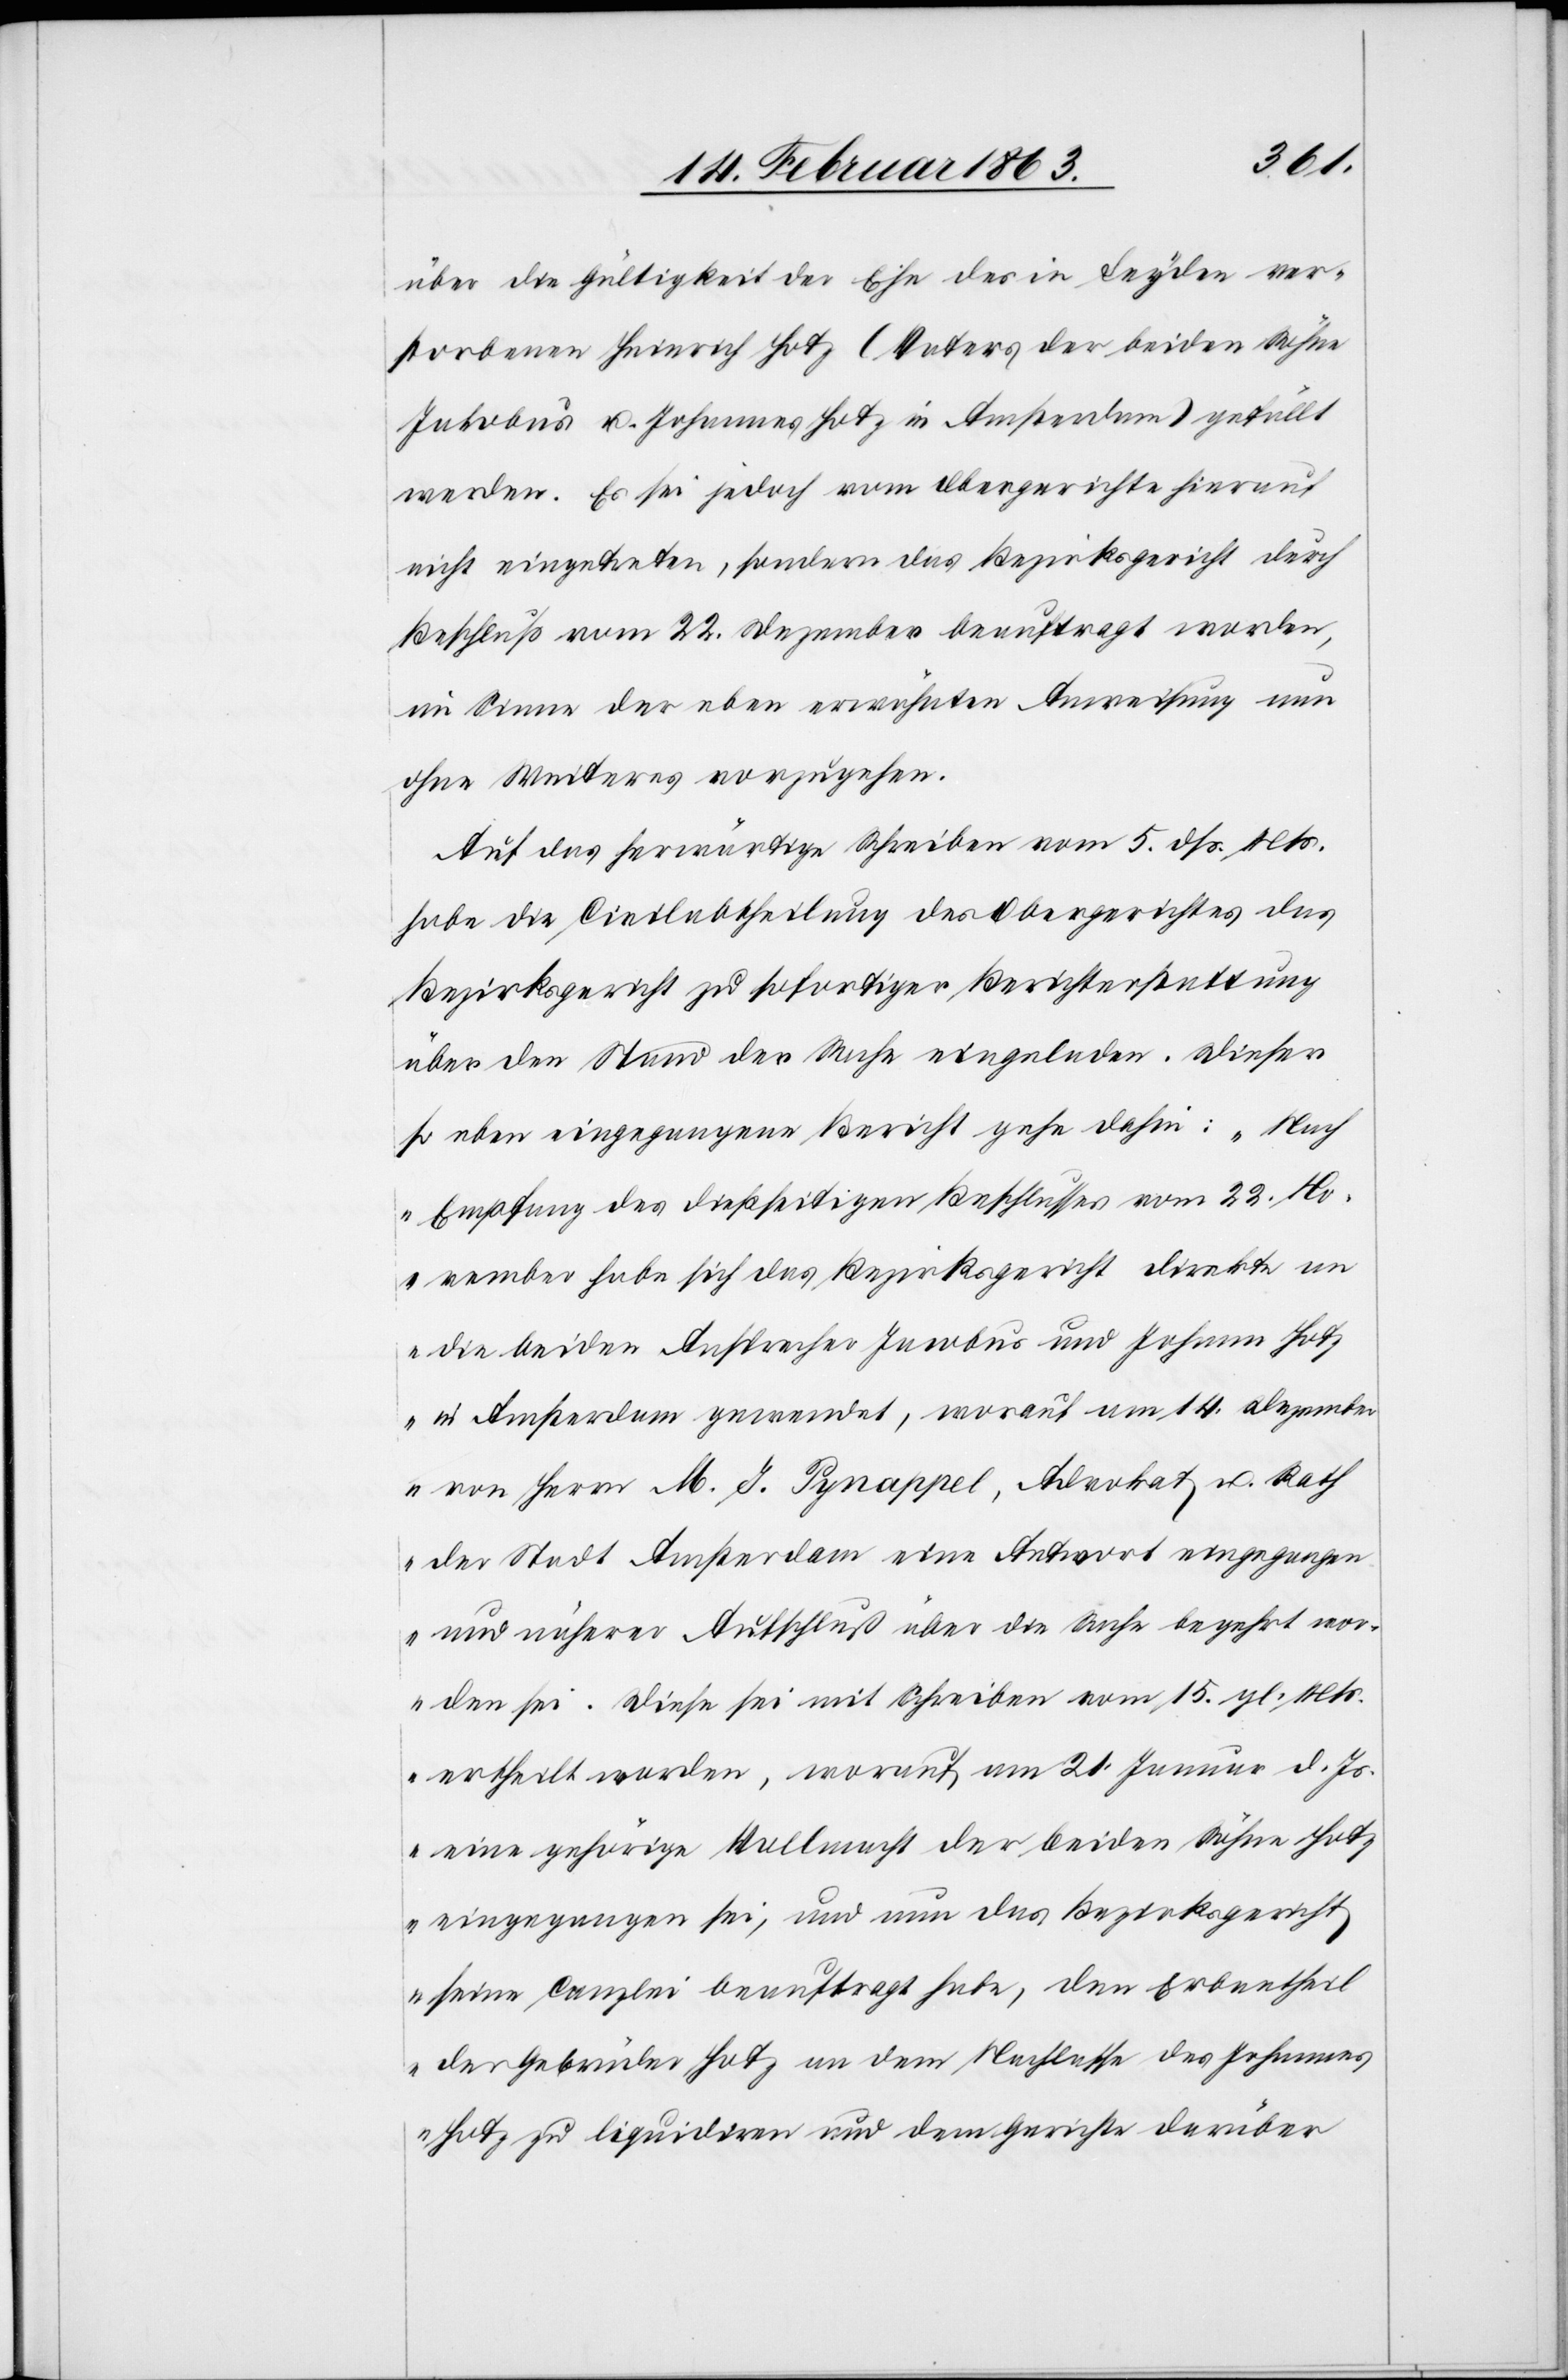
über die Gültigkeit der Ehe des in Leyden ver¬
storbenen Heinrich Hotz (Vaters der beiden Söhne
Jakobus u. Johannes Hotz in Amsterdam) gefällt
werden. Es sei jedoch vom Obergerichte hierauf
nicht eingetreten, sondern das Bezirksgericht durch
Beschluß vom 22. Dezember beauftragt worden,
im Sinne der eben erwähnten Anweisung nun
ohne Weiteres vorzugehen.
Auf das herwärtige Schreiben vom 5. dß. Mts.
habe die Civilabtheilung des Obergerichtes das
Bezirksgericht zu sofortiger Berichterstattung
über den Stand der Sache eingeladen. Dieser
so eben eingegangene Bericht gehe dahin: „Nach
Empfang des dießseitigen Beschlusses vom 22. No¬
vember habe sich das Bezirksgericht direkte an
die beiden Ansprecher Jacobus und Johann Hotz
in Amsterdam gewendet, worauf am 14. Dezember
von Herrn M. J. Pynappel, Advokat u. Rath
der Stadt Amsterdam eine Antwort eingegangen
und näherer Aufschluß über die Sache begehrt wo¬
rden sei. Diese sei mit Schreiben vom 15. gl. Mts.
ertheilt worden, worauf am 21. Januar d. Js.
eine gehörige Vollmacht der beiden Söhne Hotz
eingegangen sei, und nun das Bezirksgericht
seine Canzlei beauftragt habe, den Erbantheil
der Gebrüder Hotz an dem Nachlasse des Johannes
Hotz zu liquidiren und dem Gerichte darüber